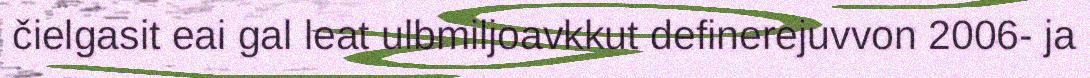
čielgasit eai gal leat ulbmiljoavkkut definerejuvvon 2006‐ ja